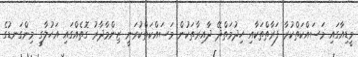
މީޑިއާގައި މަސައްކަތްކުރާ ފަރާތްތަކާއި ހިދުމަތްދޭ ދާއިރާތަކުން މަސައްކަތްކުރަނީ ޒިންމާދާރު ގޮތެއްގައި އަހުލާގީ މިންގަނޑުގެ